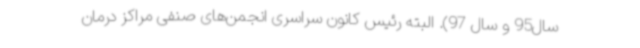
سال95 و سال 97). البته رئیس کانون سراسری انجمن‌های صنفی مراکز درمان